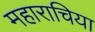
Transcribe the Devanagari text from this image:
महाराचिया